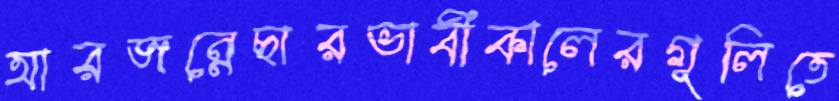
আরজন্নেছারভাবীকালেরগুলিতে